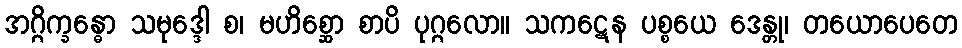
အဂ္ဂိက္ခန္ဓော သမုဒ္ဒေါ စ၊ မဟိစ္ဆော စာပိ ပုဂ္ဂလော။ သကဋေန ပစ္စယေ ဒေန္တု၊ တယောပေတေ